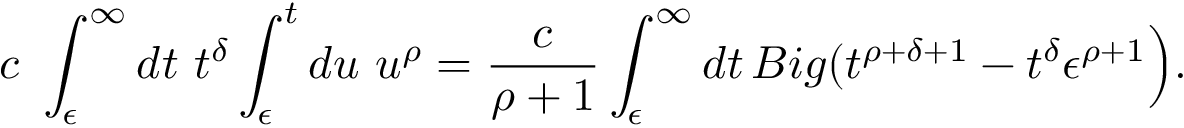
c \ \int _ { \epsilon } ^ { \infty } d t \ t ^ { \delta } \int _ { \epsilon } ^ { t } d u \ u ^ { \rho } = \frac { c } { \rho + 1 } \int _ { \epsilon } ^ { \infty } d t \, B i g ( t ^ { \rho + \delta + 1 } - t ^ { \delta } \epsilon ^ { \rho + 1 } \Big ) .